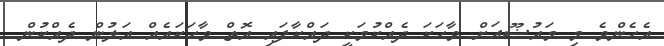
އެހެންވެ މި މައުޟޫއަށް ވާހަކަ ދެއްކުމަކީ ދައްކާފައި އޮތް ވާހަކައެއް އަލުން ދެއްކުން